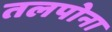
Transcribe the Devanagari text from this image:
तलपोना